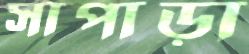
সাপাড়া